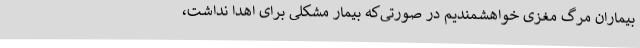
بیماران مرگ مغزی خواهشمندیم در صورتی‌که بیمار مشکلی برای اهدا نداشت،